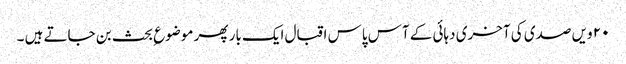
۲۰ ویں صدی کی آخری دہائی کے آس پاس اقبال ایک بار پھر موضوع ِبحث بن جاتے ہیں ۔